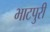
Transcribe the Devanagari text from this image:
भाटपुरी